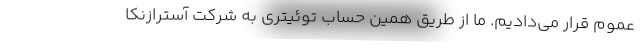
عموم قرار می‌دادیم. ما از طریق همین حساب توئیتری به شرکت آسترازنکا